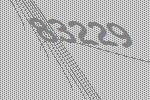
83229